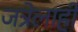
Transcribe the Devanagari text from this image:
जत्रेलाही